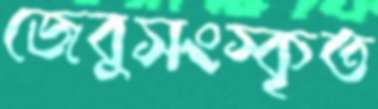
জেবুসংস্কৃত